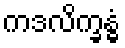
ကဒလိက္ခန္ဓံ